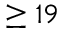
\geq 1 9